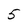
Character: 5